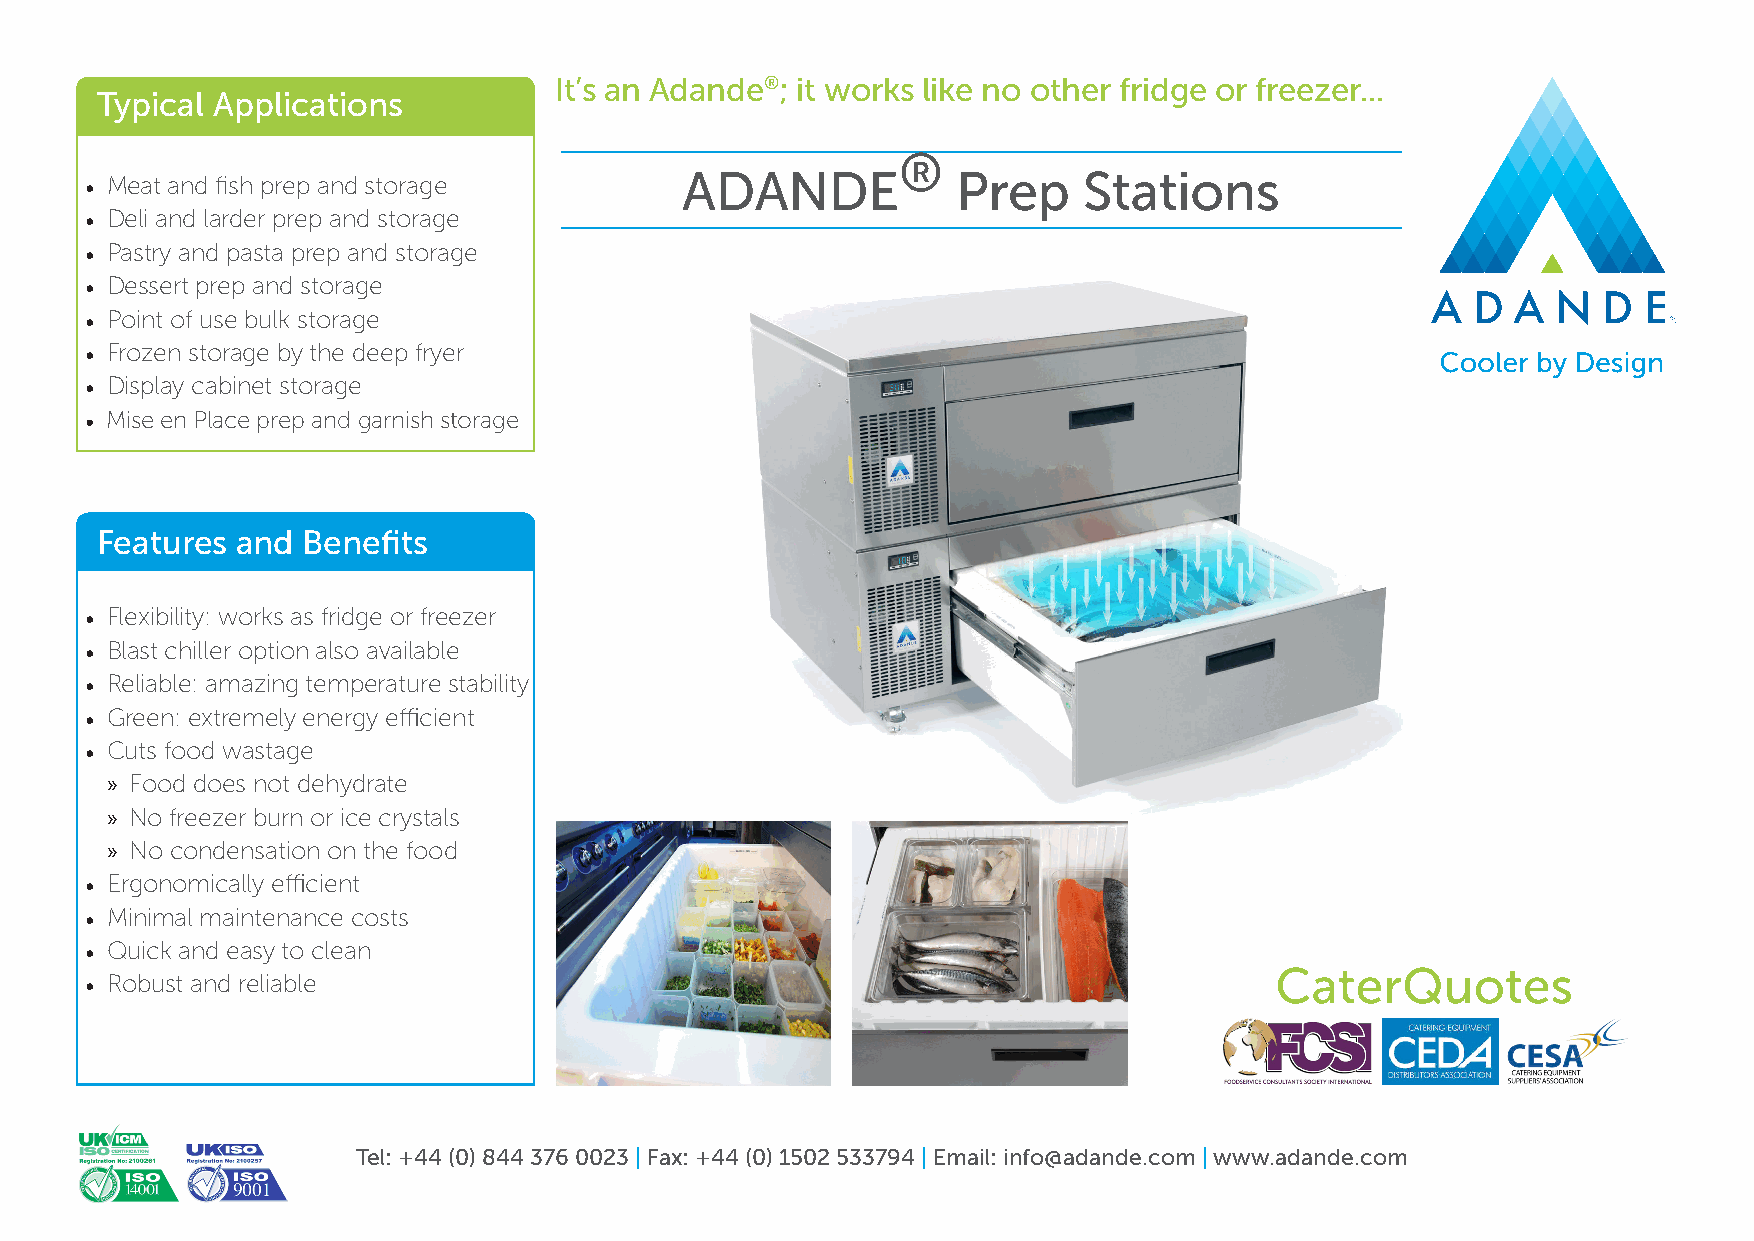
It’s an Adande®; it works like no other fridge or freezer...
 Typical Applications
 ®
 ADANDE            Prep     Stations
 • Meat and fish prep and storage
 • Deli and larder prep and storage
 • Pastry and pasta prep and storage
 • Dessert prep and storage
 • Point of use bulk storage
 • Frozen storage by the deep fryer
 • Display cabinet storage
 • Mise en Place prep and garnish storage
 Features  and Benefits
 • Flexibility: works as fridge or freezer
 • Blast chiller option also available
 • Reliable: amazing temperature stability
 • Green: extremely energy efficient
 • Cuts food wastage
 » Food does not dehydrate
 » No freezer burn or ice crystals
 » No condensation on the food
 • Ergonomically efficient
 • Minimal maintenance costs
 • Quick and easy to clean
 CaterQuotes
 • Robust and reliable
 Tel: +44 (0) 844 376 0023 | Fax: +44 (0) 1502 533794 | Email: info@adande.com | www.adande.com